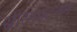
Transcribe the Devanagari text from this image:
स्रीरंगपटनम